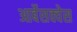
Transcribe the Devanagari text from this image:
आर्बेसक्वेस